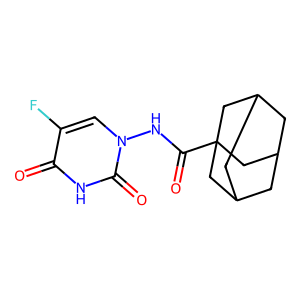
SMILES: O=C(Nn1cc(F)c(=O)[nH]c1=O)C12CC3CC(CC(C3)C1)C2
Inhibits HIV replication: No